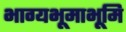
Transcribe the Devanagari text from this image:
भाग्यभूमाभूमि